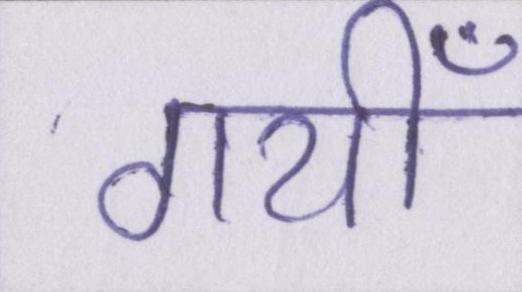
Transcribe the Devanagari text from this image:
गयीँ